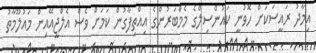
އިމާދު ރައީސަކަށް ހޮވުނީ ކައުންސިލްގެ މެމްބަރުންގެ އިއްތިފާގުން ކަމަށް ވެސް އެލްޖީއޭއިން މައުލޫމާތު